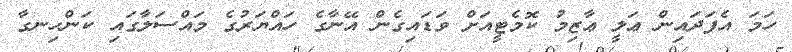
ހަމަ އެފަދައިން ޢަލީ ޢާޒިމު ކޮމެޓީއަށް ވަޑައިގެން އޭނާގެ ހައްޔަރުގެ މައްސަލާގައި ކަންހިނގާ